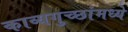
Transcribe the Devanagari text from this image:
काव्यगुच्छांमध्ये